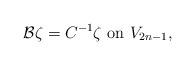
LaTeX: \begin{align*}\mathcal{B}\zeta=C^{-1}\zeta\hbox{ on }V_{2n-1},\end{align*}